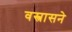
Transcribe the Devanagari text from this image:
वस्त्रासने